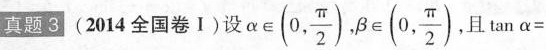
真题3 (2014全国卷Ⅰ)设 $$\alpha \in(0, \frac{\pi}{2})$$， $$ \beta \in(0, \frac{\pi}{2})$$ ，且\tan \alpha=